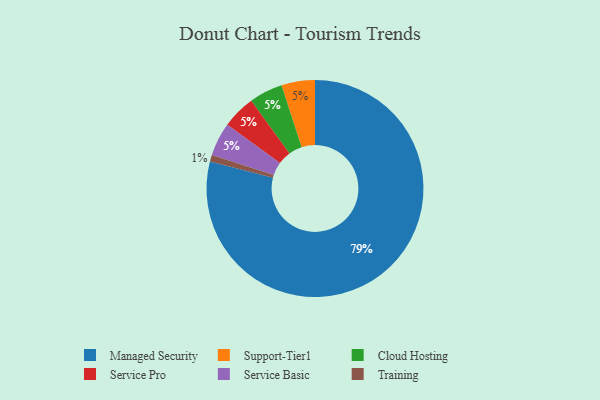
{"axis": {"x": "Category", "y": "Percentage"}, "legend": ["Cloud Hosting", "Managed Security", "Service Basic", "Service Pro", "Support-Tier1", "Training"], "data": [{"x": "Support-Tier1", "y": 5, "type": "Support-Tier1"}, {"x": "Cloud Hosting", "y": 5, "type": "Cloud Hosting"}, {"x": "Service Pro", "y": 5, "type": "Service Pro"}, {"x": "Training", "y": 1, "type": "Training"}, {"x": "Managed Security", "y": 79, "type": "Managed Security"}, {"x": "Service Basic", "y": 5, "type": "Service Basic"}]}